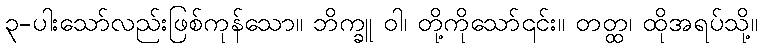
၃-ပါးသော်လည်းဖြစ်ကုန်သော။ ဘိက္ခူ ဝါ၊ တို့ကိုသော်၎င်း။ တတ္ထ၊ ထိုအရပ်သို့။